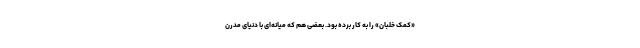
«کمک خلبان» را به کار برده بود. بعضی هم که میانه‌ای با دنیای مدرن